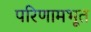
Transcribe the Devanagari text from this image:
परिणामभूत